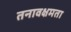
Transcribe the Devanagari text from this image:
तनावक्षमता